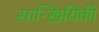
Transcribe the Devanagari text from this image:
सान्खियिकी